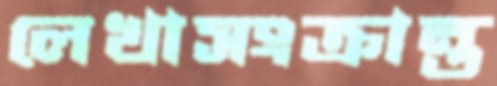
লেখাসংক্রান্ত